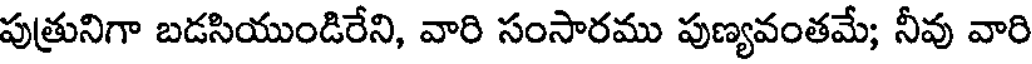
పుత్రునిగా బడసియుండిరేని, వారి సంసారము పుణ్యవంతమే; నీవు వారి